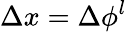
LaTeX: \Delta x=\Delta{\phi}^{l}